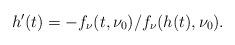
LaTeX: \begin{align*}h'(t)=-{f_\nu(t,\nu_0)}/{f_\nu(h(t),\nu_0)}.\end{align*}